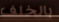
بالخلف